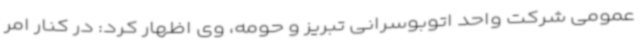
عمومی شرکت واحد اتوبوسرانی تبریز و حومه، وی اظهار کرد: در کنار امر